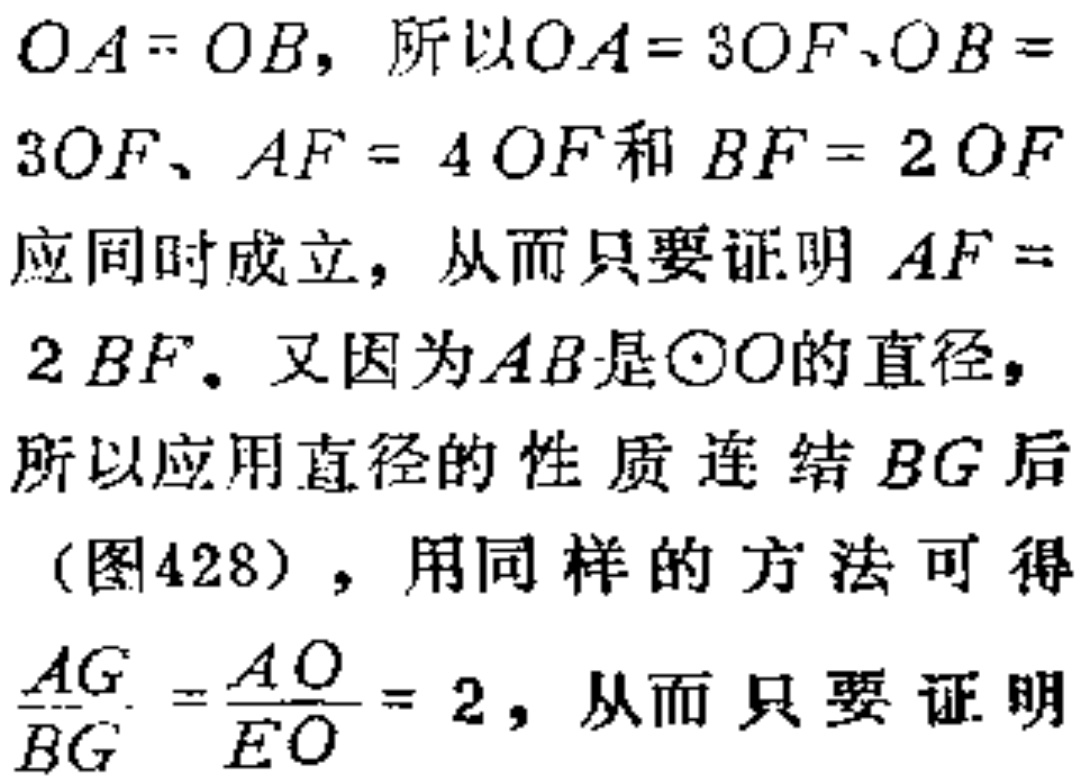
$OA = OB$，所以$OA = 3OF、OB = 3OF、AF = 4OF$和$BF = 2OF$应同时成立，从而只要证明$AF = 2BF$。又因为$AB$是$\odot O$的直径，所以应用直径的性质连结$BG$后（图428），用同样的方法可得$\frac{AG}{BG} = \frac{AO}{EO} = 2$，从而只要证明